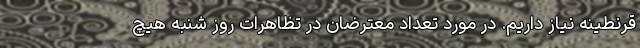
قرنطینه نیاز داریم. در مورد تعداد معترضان در تظاهرات روز شنبه هیچ